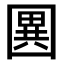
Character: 𭍭